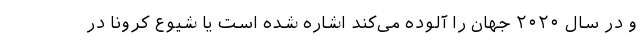
و در سال ۲۰۲۰ جهان را آلوده می‌کند اشاره شده است یا شیوع کرونا در